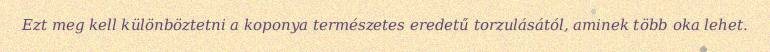
Ezt meg kell különböztetni a koponya természetes eredetű torzulásától, aminek több oka lehet.